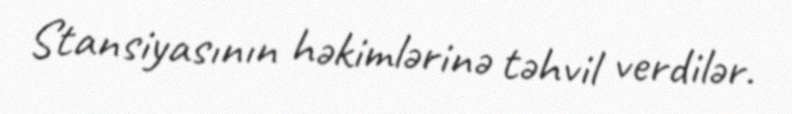
Stansiyasının həkimlərinə təhvil verdilər.